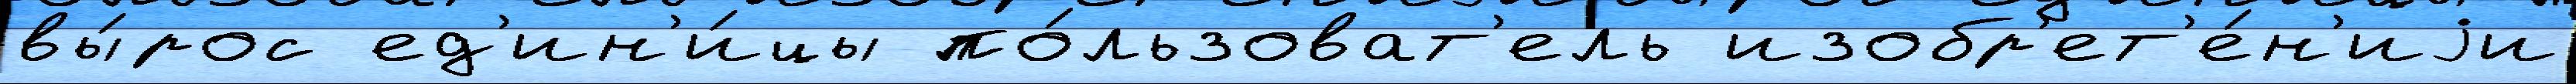
вы́рос ед'ин'и́цы по́льзоват'ель изобр'ет'е́н'иjи